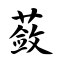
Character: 蔹